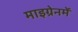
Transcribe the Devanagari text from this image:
माइग्रेनमें